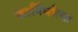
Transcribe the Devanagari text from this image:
कार्निर्मात्या